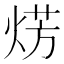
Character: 𤊊